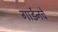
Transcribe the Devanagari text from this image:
गार्डनचे